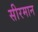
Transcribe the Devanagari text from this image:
सीरमान